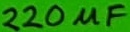
Text: 220µF